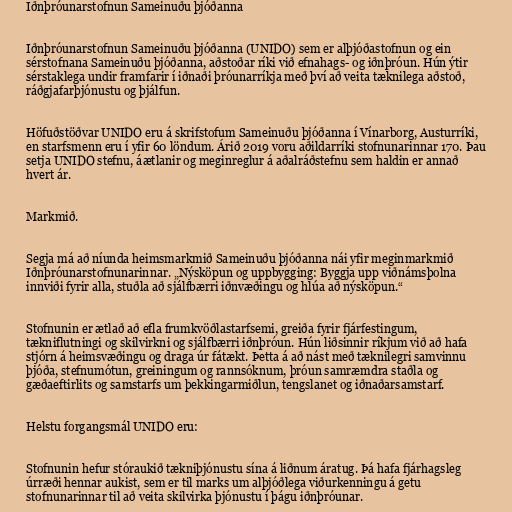
Iðnþróunarstofnun Sameinuðu þjóðanna

Iðnþróunarstofnun Sameinuðu þjóðanna (UNIDO) sem er alþjóðastofnun og ein
sérstofnana Sameinuðu þjóðanna, aðstoðar ríki við efnahags- og iðnþróun. Hún ýtir
sérstaklega undir framfarir í iðnaði þróunarríkja með því að veita tæknilega aðstoð,
ráðgjafarþjónustu og þjálfun.

Höfuðstöðvar UNIDO eru á skrifstofum Sameinuðu þjóðanna í Vínarborg, Austurríki,
en starfsmenn eru í yfir 60 löndum. Árið 2019 voru aðildarríki stofnunarinnar 170. Þau
setja UNIDO stefnu, áætlanir og meginreglur á aðalráðstefnu sem haldin er annað
hvert ár.

Markmið.

Segja má að níunda heimsmarkmið Sameinuðu þjóðanna nái yfir meginmarkmið
Iðnþróunarstofnunarinnar. „Nýsköpun og uppbygging: Byggja upp viðnámsþolna
innviði fyrir alla, stuðla að sjálfbærri iðnvæðingu og hlúa að nýsköpun.“

Stofnunin er ætlað að efla frumkvöðlastarfsemi, greiða fyrir fjárfestingum,
tækniflutningi og skilvirkni og sjálfbærri iðnþróun. Hún liðsinnir ríkjum við að hafa
stjórn á heimsvæðingu og draga úr fátækt. Þetta á að nást með tæknilegri samvinnu
þjóða, stefnumótun, greiningum og rannsóknum, þróun samræmdra staðla og
gæðaeftirlits og samstarfs um þekkingarmiðlun, tengslanet og iðnaðarsamstarf.

Helstu forgangsmál UNIDO eru:

Stofnunin hefur stóraukið tækniþjónustu sína á liðnum áratug. Þá hafa fjárhagsleg
úrræði hennar aukist, sem er til marks um alþjóðlega viðurkenningu á getu
stofnunarinnar til að veita skilvirka þjónustu í þágu iðnþróunar.